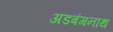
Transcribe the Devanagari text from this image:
अडबंगनाथ